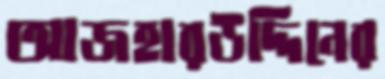
আজহারউদ্দিনের